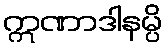
ဣဏာဒါနမ္ပိ